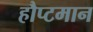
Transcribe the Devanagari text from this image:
हौप्टमान